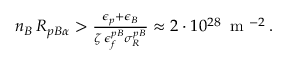
\begin{array} { r } { n _ { B } \, { \cal R } _ { p B \alpha } > \frac { \epsilon _ { p } + \epsilon _ { B } } { \zeta \, \epsilon _ { f } ^ { p B } \sigma _ { R } ^ { p B } } \approx 2 \cdot 1 0 ^ { 2 8 } \, \mathrm { ~ m ~ } ^ { - 2 } \, . } \end{array}